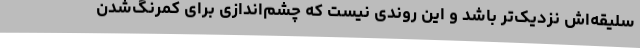
سلیقه‌اش نزدیک‌تر باشد و این روندی نیست که چشم‌اندازی برای کمرنگ‌شدن